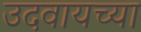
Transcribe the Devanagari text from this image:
उदवायच्या